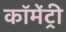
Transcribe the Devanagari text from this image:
कॉमेंट्री